Indian journal of veterinary science and animal husbandry - Volumes 28-29, 1958-1959
Year: 1958
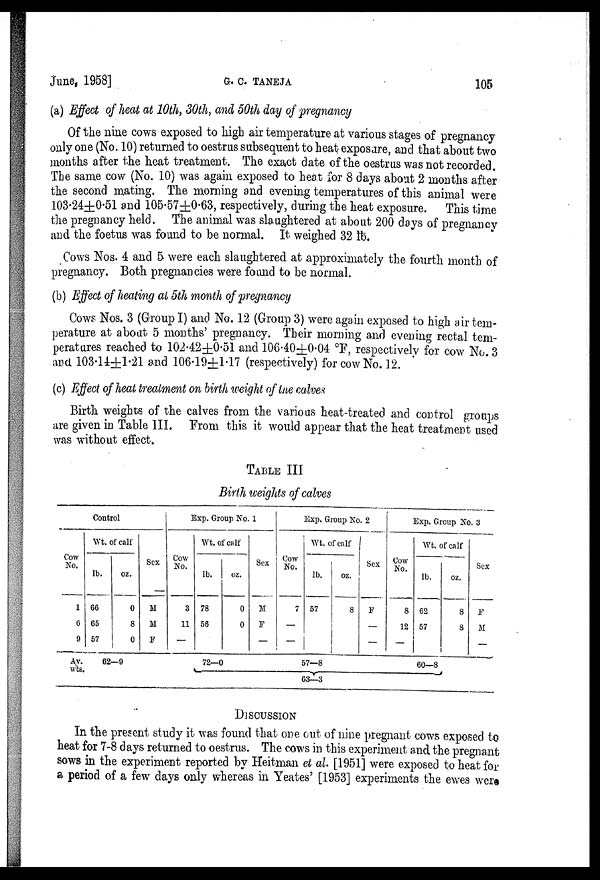
June, 1958]
G.
C.
TANEJA
105
(a) Effect of heat at 10th, 30th, and 50th day of pregnancy
Of the nine cows exposed to high air temperature at various stages of pregnancy
only one (No. 10) returned to oestrus subsequent to heat exposure, and that about two
months after the heat treatment. The exact date of the oestrus was not recorded.
The same cow (No. 10) was again exposed to heat for 8 days about 2 months after
the second mating. The morning and evening temperatures of this animal were
103.24±0.51 and 105.57±0.63, respectively, during the heat exposure. This time
the pregnancy held. The animal was slaughtered at about 200 days of pregnancy
and the foetus was found to be normal. It weighed 32 lb.
Cows Nos. 4 and 5 were each slaughtered at approximately the fourth month of
pregnancy. Both pregnancies were found to be normal.
(b) Effect of heating at 5th month of pregnancy
Cows Nos. 3 (Group I) and No. 12 (Group 3) were again exposed to high air tem-
perature at about 5 months' pregnancy. Their morning and evening rectal tem-
peratures reached to 102.42±0.51 and 106.40±0.04 °F, respectively for cow No 3
and 103.14±1.21 and 106.19±1.17 (respectively) for cow No. 12.
(c) Effect of heat treatment on birth weight of the calves
Birth weights of the calves from the various heat-treated and control groups
are given in Table III. From this it would appear that the heat treatment used
was without effect.
TABLE III
Birth weights of calves
Control
Cow
No.
1
6
9
Av.
wts.
Wt. of calf
lb.
66
65
57
oz.
0
8
0
Sex
M
M
F
Exp. Group No. 1
Cow
No.
3
11
—
62—9
Wt. of calf
lb.
78
56
oz.
0
0
Sex
M
F
—
72—0
Exp. Group No. 2
Cow
No.
7
—
—
Wt. of calf
lb.
57
oz.
8
57—8
Sex
F
—
—
Exp. Group No. 3
Cow
No.
8
12
—
Wt. of calf
lb.
62
57
oz.
8
8
Sex
F
M
—
60—8
63—3
DISCUSSION
In the present study it was found that one out of nine pregnant cows exposed to
heat for 7-8 days returned to oestrus. The cows in this experiment and the pregnant
sows in the experiment reported by Heitman et al. [1951] were exposed to heat for
a period of a few days only whereas in Yeates' [1953] experiments the ewes were